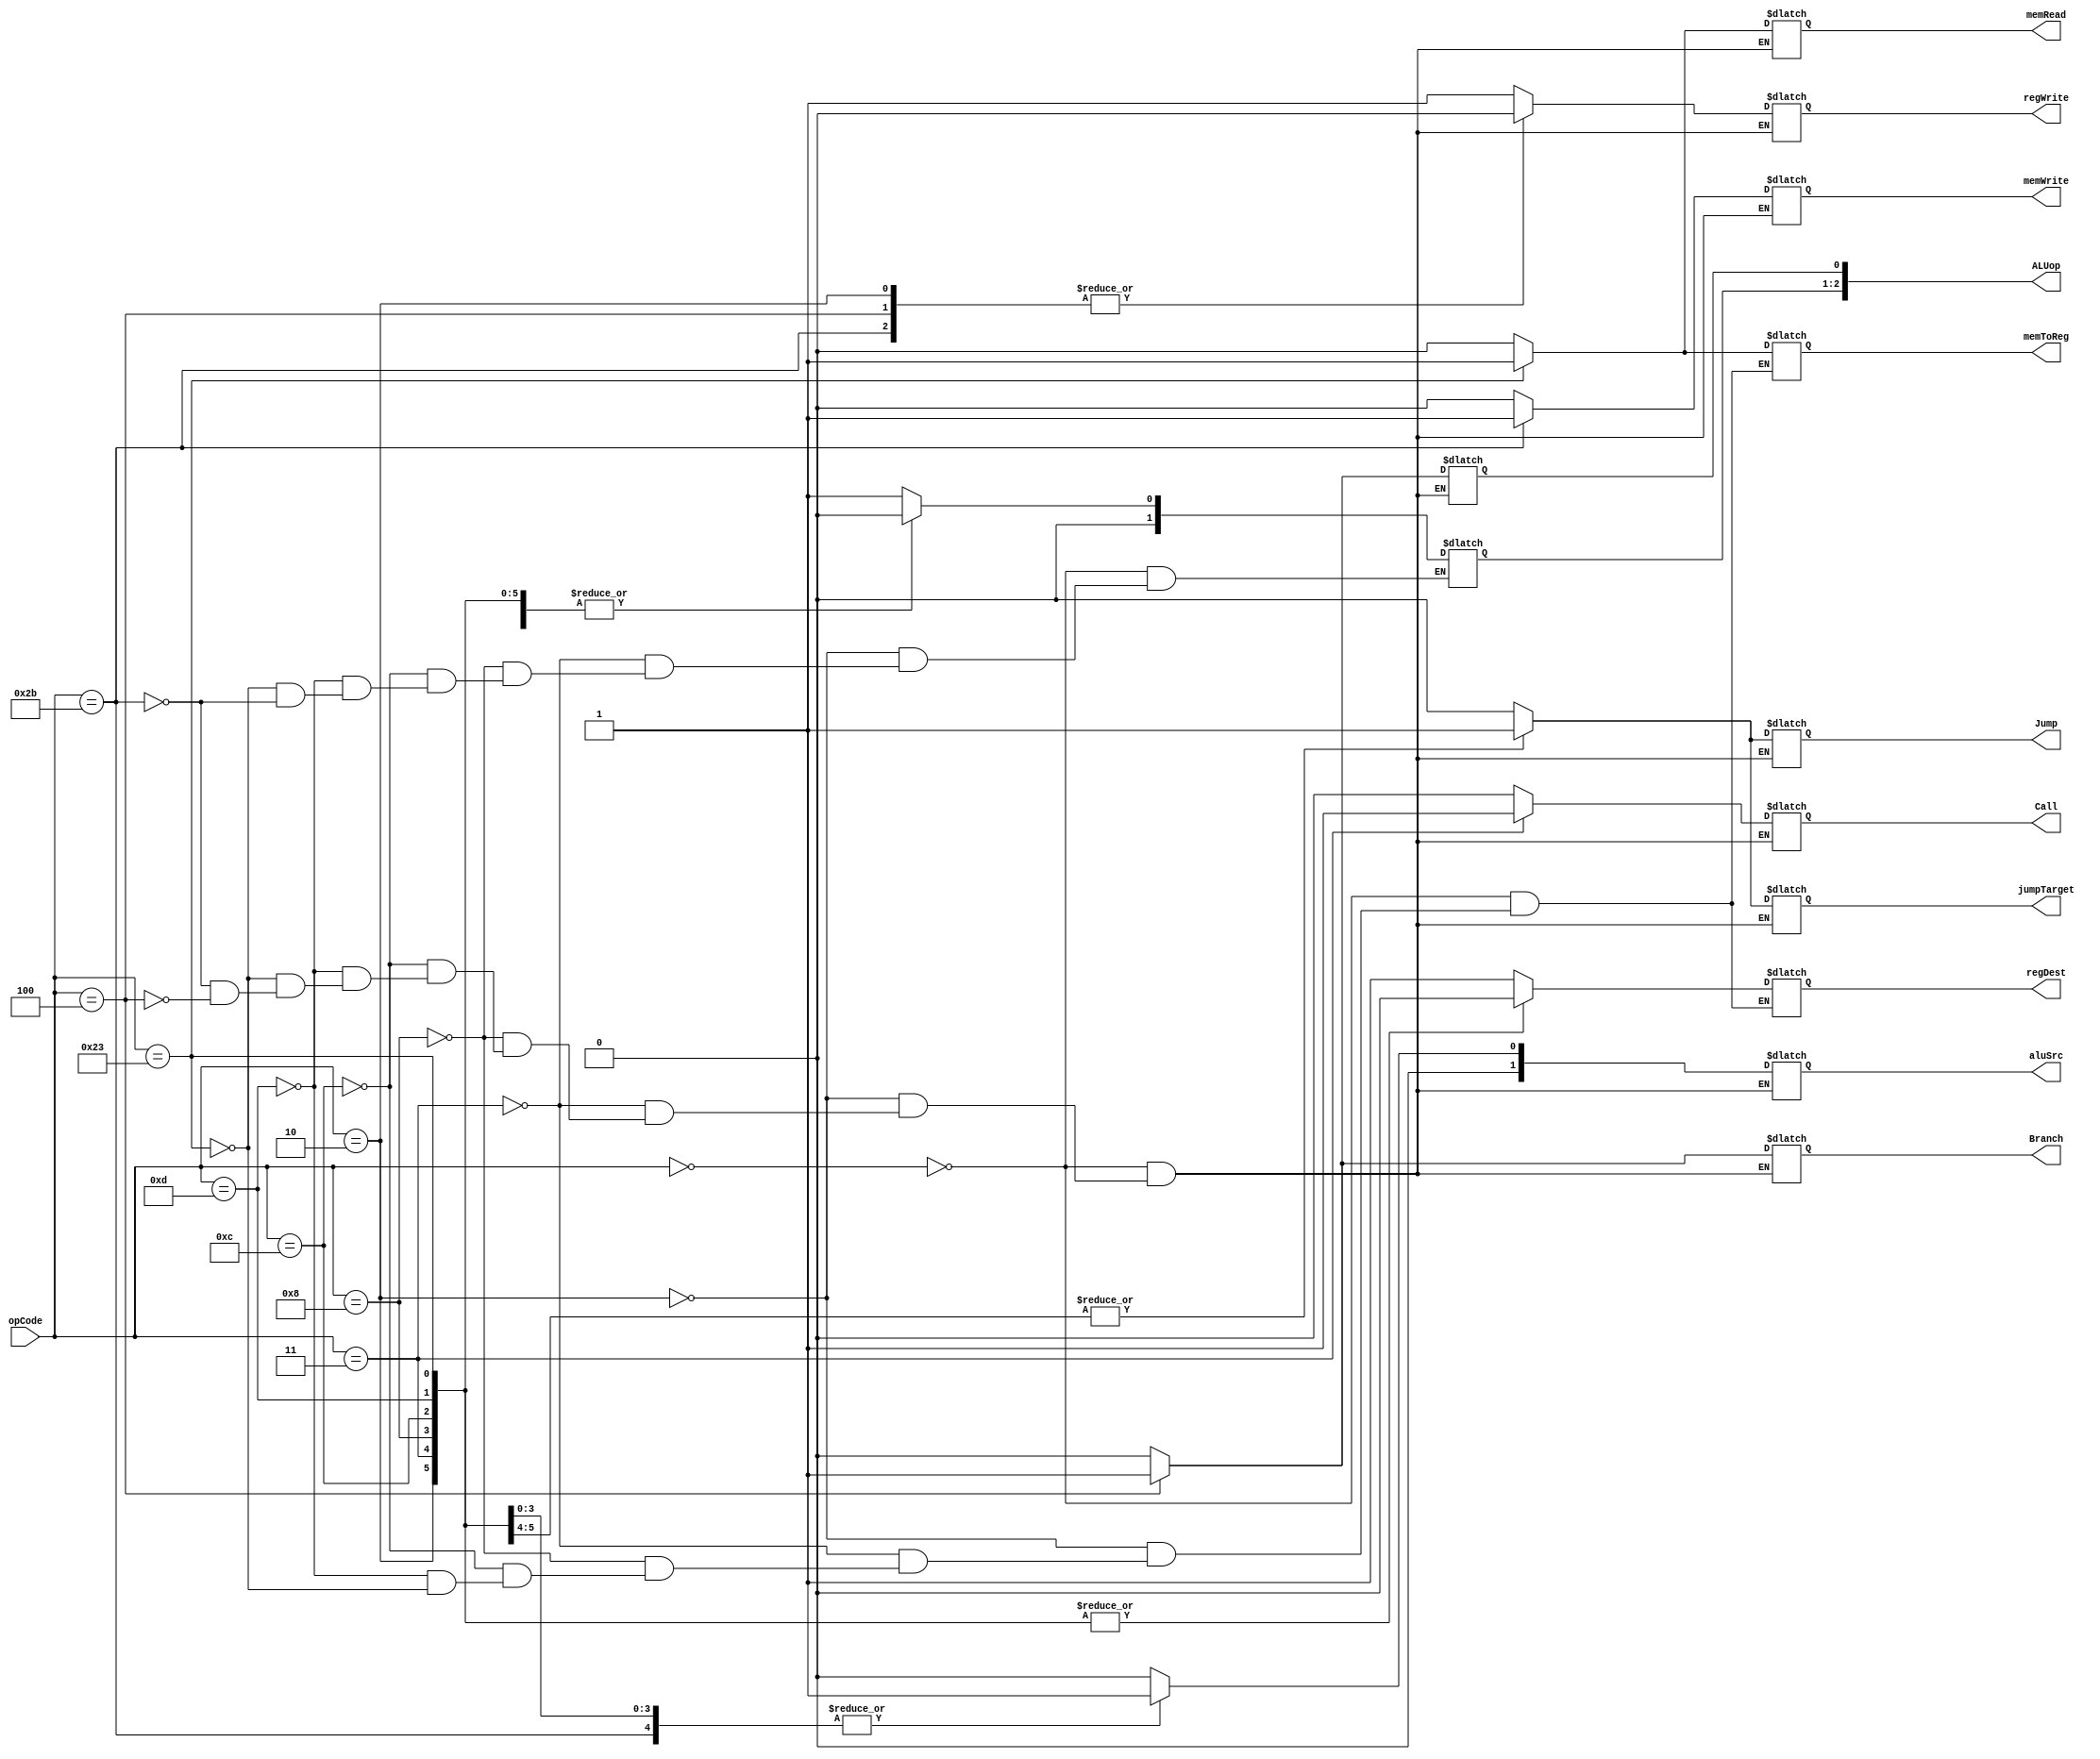
`timescale 1ns / 1ps
//////////////////////////////////////////////////////////////////////////////////
// Company: 
// Engineer: 
// 
// Design Name: 
// Module Name: Ctr
// Project Name: 
// Target Devices: 
// Tool Versions: 
// Description: 
// 
// Dependencies: 
// 
// Revision:
// Revision 0.01 - File Created
// Additional Comments:
// 
//////////////////////////////////////////////////////////////////////////////////
/*module Ctr(
    input [5:0] opCode,
    output reg regDst,
    output reg aluSrc,
    output reg memToReg,
    output reg regWrite,
    output reg memRead,
    output reg memWrite,
    output reg branch,
    output reg [1:0] aluOp,
    output reg jump
    );

    always @(opCode)
    begin
        case(opCode)
        6'b000000: 
        begin
            regDst = 1;
            aluSrc = 0;
            memToReg = 0;
            regWrite = 1;
            memRead = 0;
            memWrite = 0;
            branch = 0;
            aluOp = 2'b10;
            jump = 0;
        end
        
        6'b100011:
        begin
            regDst = 0;
            aluSrc = 1;
            memToReg = 1;
            regWrite = 1;
            memRead = 1;
            memWrite = 0;
            branch = 0;
            aluOp = 2'b00;
            jump = 0;
        end
        
        6'b101011:
        begin
            regDst = 0;
            aluSrc = 1;
            memToReg = 0;
            regWrite = 0;
            memRead = 0;
            memWrite = 1;
            branch = 0;
            aluOp = 2'b00;
            jump = 0;
        end
        
        6'b000100:
        begin
            regDst = 0;
            aluSrc = 0;
            memToReg = 0;
            regWrite = 0;
            memRead = 0;
            memWrite = 0;
            branch = 1;
            aluOp = 2'b01;
            jump = 0;
        end
        
        6'b000010: 
        begin
            regDst = 0;
            aluSrc = 0;
            memToReg = 0;
            regWrite = 0;
            memRead = 0;
            memWrite = 0;
            branch = 0;
            aluOp = 2'b00;
            jump = 1;
        end
        
        default:
        begin
            regDst = 0;
            aluSrc = 0;
            memToReg = 0;
            regWrite = 0;
            memRead = 0;
            memWrite = 0;
            branch = 0;
            aluOp = 2'b00;
            jump = 0;
        end
        
        endcase
    end
    
endmodule*/
module Ctr(
input [5:0] opCode,
output reg regDest,
output reg [1:0] aluSrc,
output reg memToReg,
output reg regWrite,
output reg memRead,
output reg memWrite,
output reg Branch,
output reg [2:0] ALUop,
output reg Jump,
output reg jumpTarget,
output reg Call
);
always @(opCode)
    begin
    case(opCode)
    6'b000000://add,sub,and,or,slt,jr
        begin
            regDest=1;
            aluSrc=0;
            memToReg=0;
            regWrite=1;
            memRead=0;
            memWrite=0;
            Branch=0;
            Jump=0;
            jumpTarget=0;
            Call=0;
            ALUop=3'b010;
        end
    6'b000010://jump
        begin
            regDest=0;
            aluSrc=0;
            memToReg=0;
            regWrite=0;
            memRead=0;
            memWrite=0;
            Branch=0;
            Jump=1;
            jumpTarget=1;
            Call=0;
            ALUop=3'b000;
        end
    6'b000011://jal
        begin
            regDest=0;
            aluSrc=0;
            memToReg=0;
            regWrite=1;
            memRead=0;
            memWrite=0;
            Branch=0;
            Jump=1;
            jumpTarget=1;
            Call=1;
            ALUop=3'b000;
        end
    6'b001000://addi
        begin
            regDest=0;
            aluSrc=1;
            memToReg=0;
            regWrite=1;
            memRead=0;
            memWrite=0;
            Branch=0;
            Jump=0;
            jumpTarget=0;
            Call=0;
            ALUop=3'b000;
        end
    6'b001100://andi
        begin
            regDest=0;
            aluSrc=1;
            memToReg=0;
            regWrite=1;
            memRead=0;
            memWrite=0;
            Branch=0;
            Jump=0;
            jumpTarget=0;
            Call=0;
            ALUop=3'b000;
        end
    6'b001101://ori
        begin
            regDest=0;
            aluSrc=1;
            memToReg=0;
            regWrite=1;
            memRead=0;
            memWrite=0;
            Branch=0;
            Jump=0;
            jumpTarget=0;
            Call=0;
            ALUop=3'b000;
        end
    6'b100011://lw
        begin
            regDest=0;
            aluSrc=1;
            memToReg=1;
            regWrite=1;
            memRead=1;
            memWrite=0;
            Branch=0;
            Jump=0;
            jumpTarget=0;
            Call=0;
            ALUop=3'b000;
        end
    6'b101011://sw
        begin
            aluSrc=1;
            regWrite=0;
            memRead=0;
            memWrite=1;
            Branch=0;
            Jump=0;
            jumpTarget=0;
            Call=0;
            ALUop=3'b000;
        end
    6'b000100://beq
        begin
            aluSrc=0;
            regWrite=0;
            memRead=0;
            memWrite=0;
            Branch=1;
            Jump=0;
            jumpTarget=0;
            Call=0;
            ALUop[0]=3'b001;
        end
    endcase
    end
endmodule